Leaving Certificate Examination, 1924
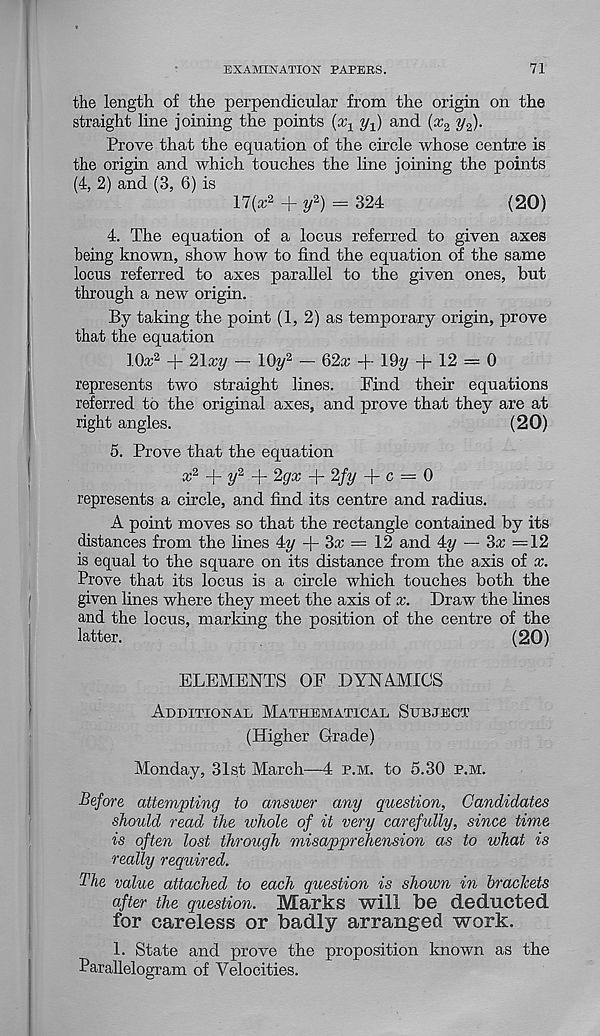
EXAMINATION PATERS.
71
the length of the perpendicular from the origin on the
straight line joining the points (x 1 y^) and (x 2 ?/ 2 ).
Prove that the equation of the circle whose centre is
the origm and which touches the line joining the points
(4, 2) and (3, 6) is
17(cc 2 + 2/ 2 ) = 324
(20)
4. The equation of a locus referred to given axes
being known, show how to find the equation of the same
locus referred to axes parallel to the given ones, but
through a new origin.
By taking the point (1, 2) as temporary origin, prove
that the equation
lO* 2 + 21zy - Kfi/ 2 - 62z + 19y + 12 = 0
represents two straight lines.
Find their equations
referred to the original axes, and prove that they are at
right angles.
(20)
5. Prove that the equation
+ 2/ 2 + Zqx + 2/y + c = 0
represents a circle, and find its centre and radius.
A point moves so that the rectangle contained by its
distances from the lines 4y + 3a? = 12 and 4y — 3x =12
is equal to the square on its distance from the axis of x.
Prove that its locus is a circle which touches both the
given lines where they meet the axis of x. Draw the lines
and the locus, marking the position of the centre of the
latter.
(20)
ELEMENTS OF DYNAMICS
Additional Mathematical Subject
(Higher Grade)
Monday, 31st March—4 p.m. to 5.30 p.m.
Before attempting to answer any question, Candidates
should read the whole of it very carefully, since time
is often lost through misapprehension as to what is
really required.
The value attached to each question is shown in brackets
after the question. Marks will be deducted
for careless or badly arranged work.
1. State and prove the proposition known as the
Parallelogram of Velocities.